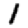
Digit: 1